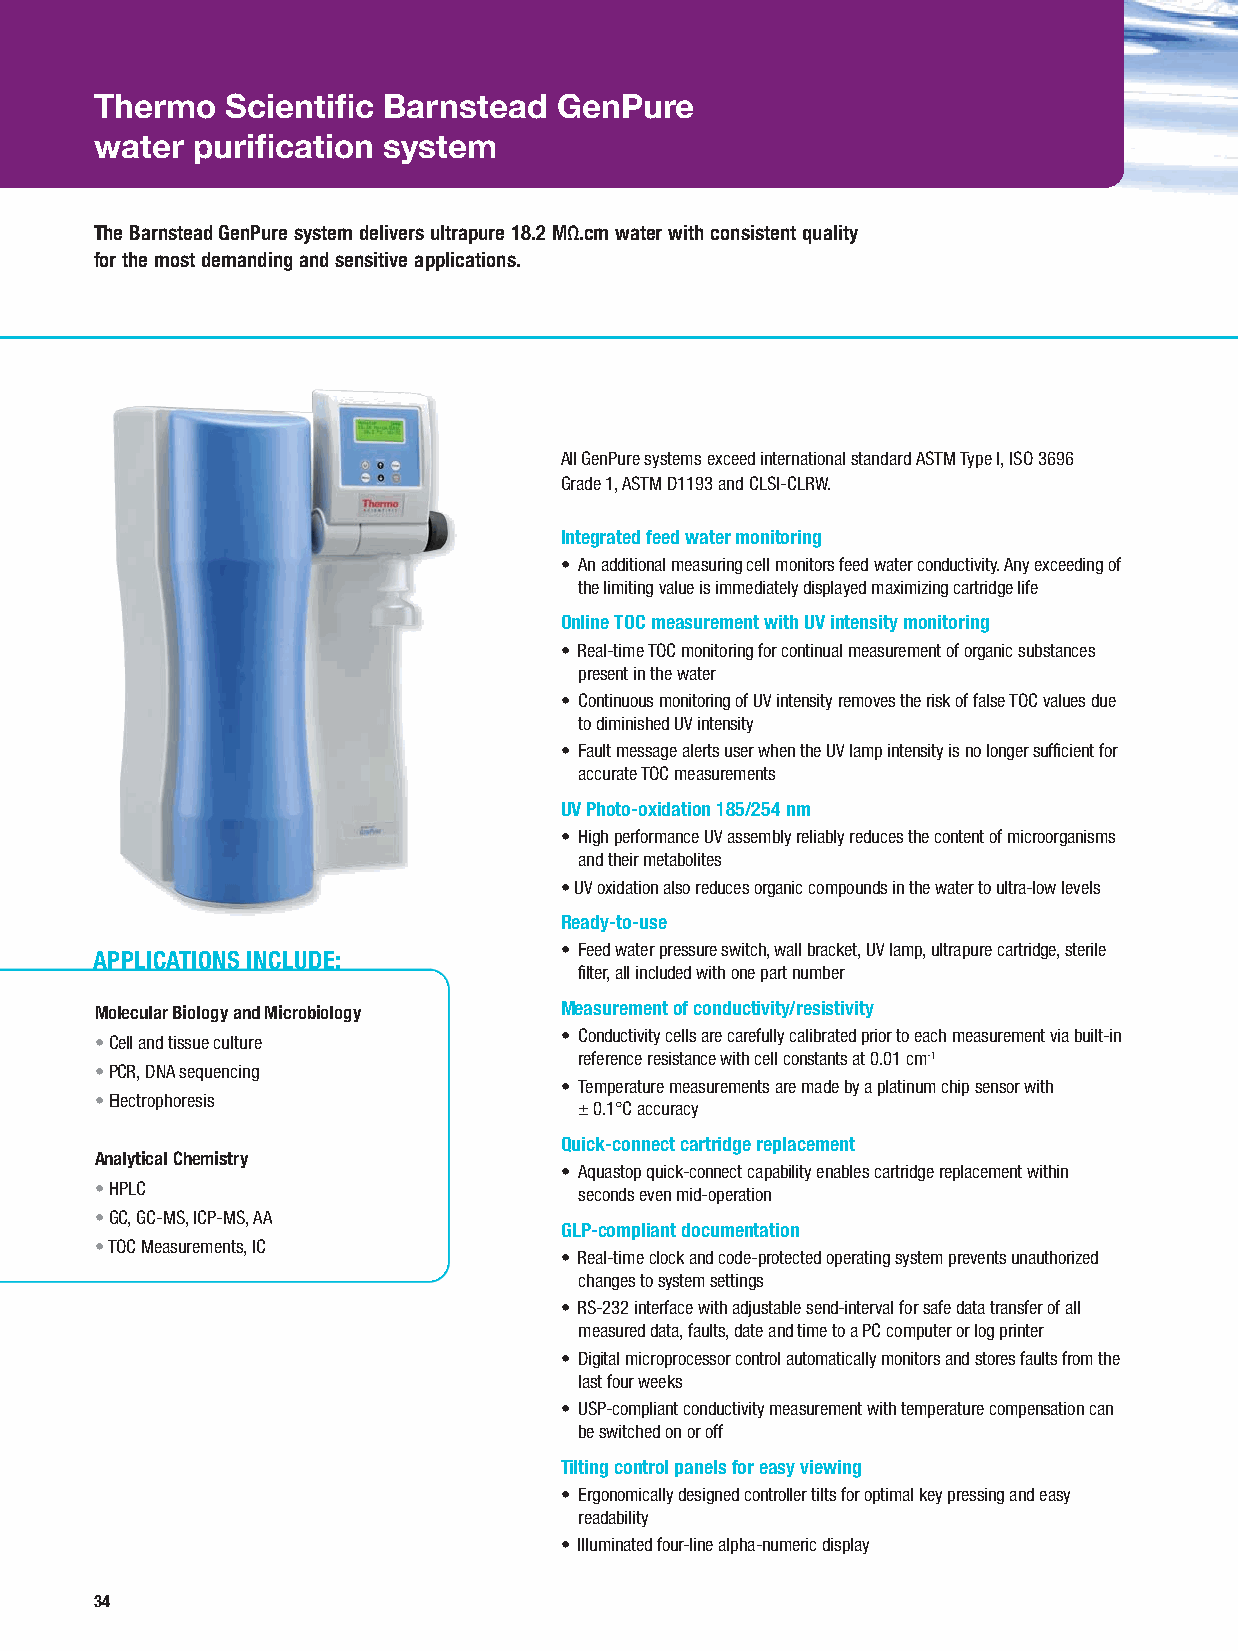
Thermo   Scientific Barnstead  GenPure
 water  purification system
 The Barnstead GenPure system delivers ultrapure 18.2 MΩ.cm water with consistent quality
 for the most demanding and sensitive applications.
 All GenPure systems exceed international standard ASTM Type I, ISO 3696
 Grade 1, ASTM D1193 and CLSI-CLRW.
 Integrated feed water monitoring
 • An additional measuring cell monitors feed water conductivity. Any exceeding of
 the limiting value is immediately displayed maximizing cartridge life
 Online TOC measurement with UV intensity monitoring
 • Real-time TOC monitoring for continual measurement of organic substances
 present in the water
 • Continuous monitoring of UV intensity removes the risk of false TOC values due
 to diminished UV intensity
 • Fault message alerts user when the UV lamp intensity is no longer sufficient for
 accurate TOC measurements
 UV Photo-oxidation 185/254 nm
 • High performance UV assembly reliably reduces the content of microorganisms
 and their metabolites
 • UV oxidation also reduces organic compounds in the water to ultra-low levels
 Ready-to-use
 • Feed water pressure switch, wall bracket, UV lamp, ultrapure cartridge, sterile
 APPLICATIONS INCLUDE:
 filter, all included with one part number
 Molecular Biology and Microbiology Measurement of conductivity/resistivity
 • Conductivity cells are carefully calibrated prior to each measurement via built-in
 •Cell and tissue culture
 reference resistance with cell constants at 0.01 cm-1
 •PCR, DNA sequencing
 • Temperature measurements are made by a platinum chip sensor with
 •Electrophoresis
 ± 0.1°C accuracy
 Quick-connect cartridge replacement
 Analytical Chemistry
 • Aquastop quick-connect capability enables cartridge replacement within
 •HPLC
 seconds even mid-operation
 •GC, GC-MS, ICP-MS, AA
 GLP-compliant documentation
 •TOC Measurements, IC
 • Real-time clock and code-protected operating system prevents unauthorized
 changes to system settings
 • RS-232 interface with adjustable send-interval for safe data transfer of all
 measured data, faults, date and time to a PC computer or log printer
 • Digital microprocessor control automatically monitors and stores faults from the
 last four weeks
 • USP-compliant conductivity measurement with temperature compensation can
 be switched on or off
 Tilting control panels for easy viewing
 • Ergonomically designed controller tilts for optimal key pressing and easy
 readability
 • Illuminated four-line alpha-numeric display
 34